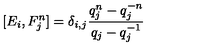
[ E _ { i } , F _ { j } ^ { n } ] = \delta _ { i , j } \frac { q _ { j } ^ { n } - q _ { j } ^ { - n } } { q _ { j } - q _ { j } ^ { - 1 } }